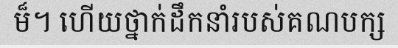
ម៏។ ហើយថ្នាក់ដឹកនាំរបស់គណបក្ស